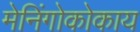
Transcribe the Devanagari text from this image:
मेनिंगोकोकाय